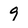
Character: 9